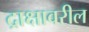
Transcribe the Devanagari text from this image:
द्राक्षावरील